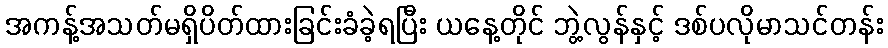
အကန့်အသတ်မရှိပိတ်ထားခြင်းခံခဲ့ရပြီး ယနေ့တိုင် ဘွဲ့လွန်နှင့် ဒစ်ပလိုမာသင်တန်း